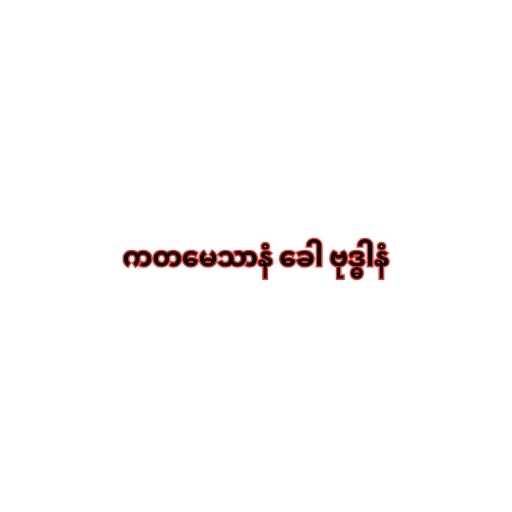
ကတမေသာနံ ခေါ ဗုဒ္ဓါနံ